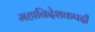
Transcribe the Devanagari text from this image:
महानिदेशकपदी